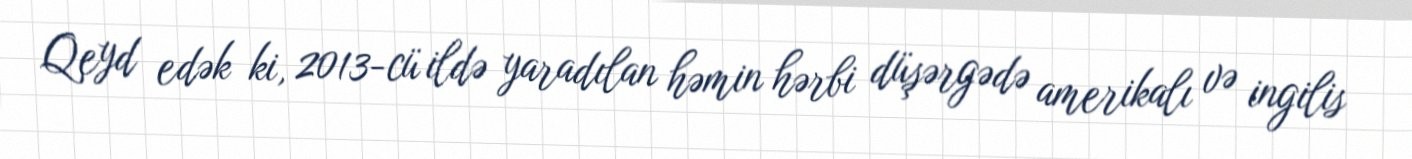
Qeyd edək ki, 2013-cü ildə yaradılan həmin hərbi düşərgədə amerikalı və ingilis